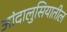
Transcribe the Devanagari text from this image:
आंदालुसियातील